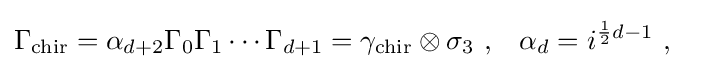
{\begin{aligned}\Gamma _{\text{chir}}&=\alpha _{d+2}\Gamma _{0}\Gamma _{1}\dotsm \Gamma _{d+1}=\gamma _{\text{chir}}\otimes \sigma _{3}~,&\alpha _{d}&=i^{{\frac {1}{2}}d-1}~,\end{aligned}}